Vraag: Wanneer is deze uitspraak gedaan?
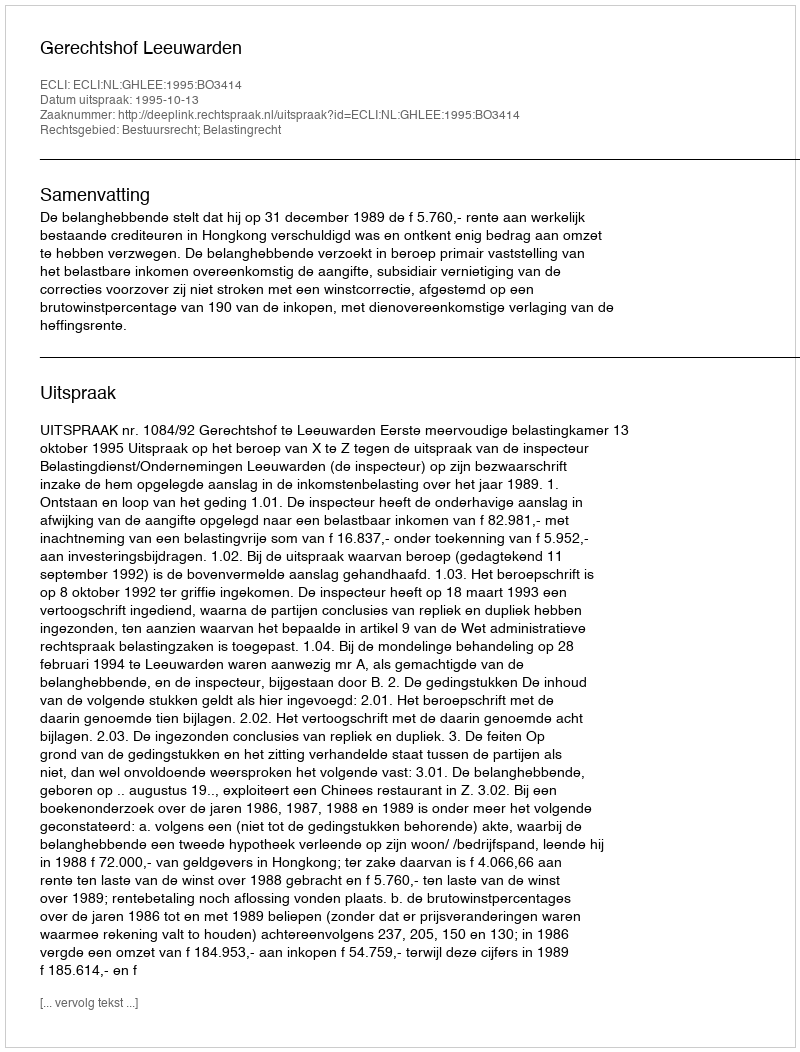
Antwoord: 1995-10-13